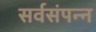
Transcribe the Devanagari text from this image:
सर्वसंपन्न